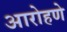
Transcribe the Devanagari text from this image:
आरोहणे